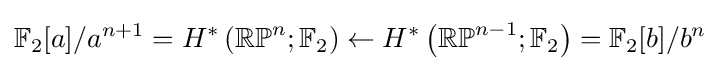
\mathbb {F} _{2}[a]/a^{n+1}=H^{*}\left(\mathbb {RP} ^{n};\mathbb {F} _{2}\right)\leftarrow H^{*}\left(\mathbb {RP} ^{n-1};\mathbb {F} _{2}\right)=\mathbb {F} _{2}[b]/b^{n}